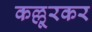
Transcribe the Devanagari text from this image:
कल्लूरकर